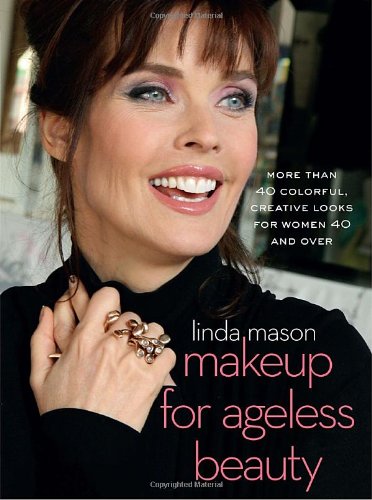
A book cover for Makeup for Ageless Beauty: More than 40 Colorful, Creative Looks for Women 40 and Over; Linda Mason; Health, Fitness & Dieting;